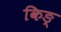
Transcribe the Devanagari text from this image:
किङ्